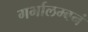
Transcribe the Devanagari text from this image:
गर्भालम्बनं